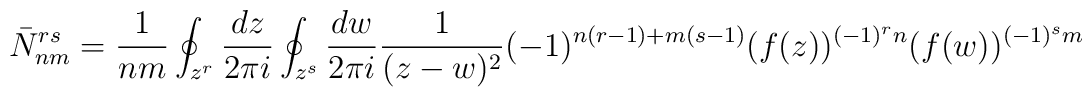
\bar{N}^{rs}_{nm} = \frac{1}{nm}  \oint_{z^r} \frac{dz}{2 \pi i} \oint_{z^s} \frac{dw}{2 \pi i} \frac{1}{ (z-w)^2} (-1)^{n (r-1) + m (s-1)}(f (z))^{(-1)^r n} (f (w))^{(-1)^s m}